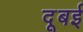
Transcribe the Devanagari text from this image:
दूबई